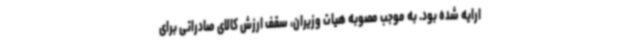
ارایه شده بود. به موجب مصوبه هیات وزیران، سقف ارزش کالای صادراتی برای